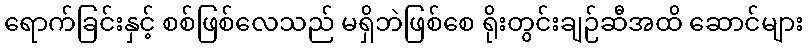
ရောက်ခြင်းနှင့် စစ်ဖြစ်လေသည် မရှိဘဲဖြစ်စေ ရိုးတွင်းချဉ်ဆီအထိ ဆောင်များ